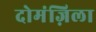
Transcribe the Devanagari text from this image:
दोमंज़िला